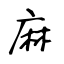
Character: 麻